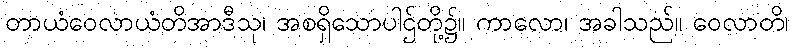
တာယံဝေလာယံတိအာဒီသု၊ အစရှိသောပါဌ်တို့၌။ ကာလော၊ အခါသည်။ ဝေလာတိ၊